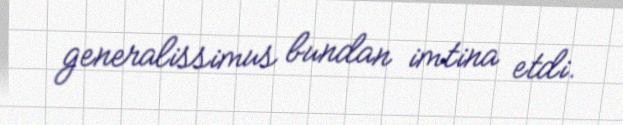
generalissimus bundan imtina etdi.